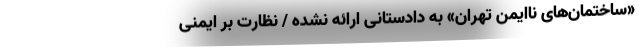
«ساختمان‌های ناایمن تهران» به دادستانی ارائه نشده / نظارت بر ایمنی